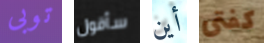
توبى سأقول أين كفتى